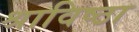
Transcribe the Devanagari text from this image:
श्राविष्ठा